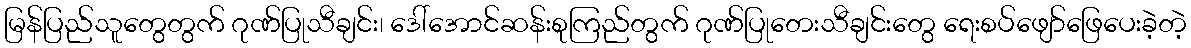
မြန်ပြည်သူတွေတွက် ဂုဏ်ပြုသီချင်း၊ ဒေါ်အောင်ဆန်းစုကြည်တွက် ဂုဏ်ပြုတေးသီချင်းတွေ ရေးစပ်ဖျော်ဖြေပေးခဲ့တဲ့